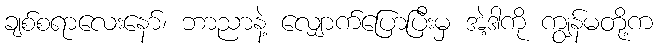
ချစ်စရာလေးနော်၊ ဘာညာနဲ့ လျှောက်ပြောပြီးမှ အဲ့ဒါကို ကျွန်မတို့က